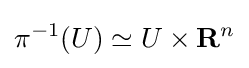
\pi ^{-1}(U)\simeq U\times \mathbf {R} ^{n}